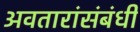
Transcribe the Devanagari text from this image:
अवतारांसंबंधी